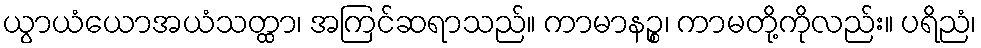
ယွာယံယောအယံသတ္ထာ၊ အကြင်ဆရာသည်။ ကာမာနဉ္စ၊ ကာမတို့ကိုလည်း။ ပရိညံ၊